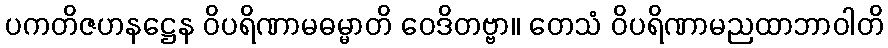
ပကတိဇဟနဋ္ဌေန ဝိပရိဏာမဓမ္မာတိ ဝေဒိတဗ္ဗာ။ တေသံ ဝိပရိဏာမညထာဘာဝါတိ